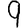
Digit: 9